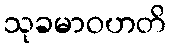
သုခမာဝဟတိ